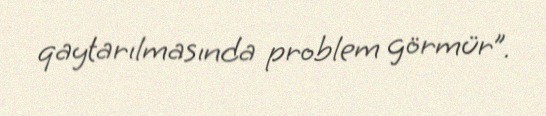
qaytarılmasında problem görmür”.